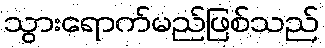
သွားရောက်မည်ဖြစ်သည်